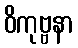
ဝိကုဗ္ဗနာ